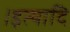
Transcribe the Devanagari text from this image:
।इत्यादि